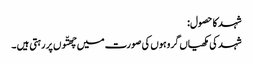
شہد کا حصول:
شہد کی مکھیاں گروہوں کی صورت میں چھتّوں پر رہتی ہیں ۔